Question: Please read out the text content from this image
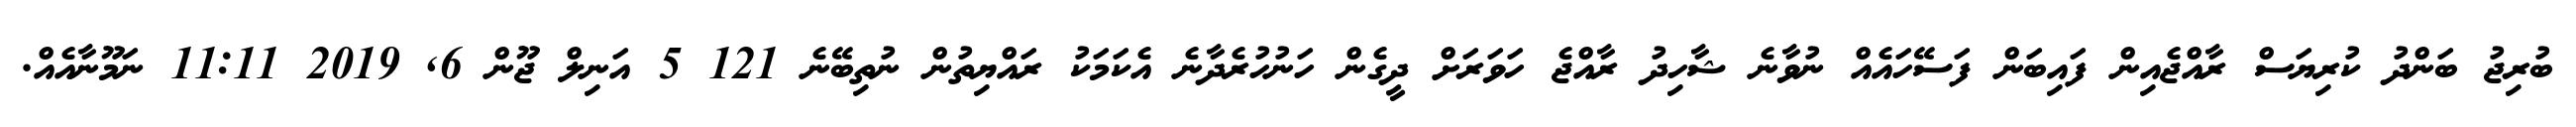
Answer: ބުރިޖު ބަންދު ކުރިޔަސް ރާއްޖެއިން ފައިބަން ފަސޭހައެއް ނުވާނެ ޝާހިދު ރާއްޖެ ހަވަރަށް ދީގެން ހަނުހުރެދާނެ އެކަމަކު ރައްޔިތުން ނުތިބޭނެ 121 5 އަނިލް ޖޫން 6, 2019 11:11 ނަމޫނާއެއް.